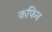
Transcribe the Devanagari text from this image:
कफिन